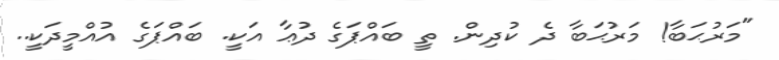
"މަރުޙަބާ! މަރުޙަބާ ދެ ކުދިން. ތީ ބައްޕަގެ ދުޢާ އަކީ. ބައްޕަގެ އުއްމީދަކީ..